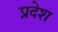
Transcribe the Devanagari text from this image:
प्रदेश्‍ा